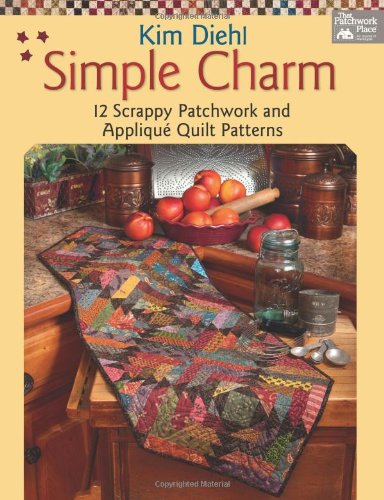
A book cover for Simple Charm: 12 Scrappy Patchwork and Applique Quilt Patterns; Kim Diehl; Crafts, Hobbies & Home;